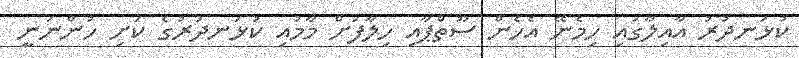
ކުޅަނދުރު އާއިލާގައި ހިމެނޭ އެހެން ސޫތްޕާއި ހިލާފަށް މާމުއި ކުޅަނދުރުގެ ކަށި ހުންނަނީ